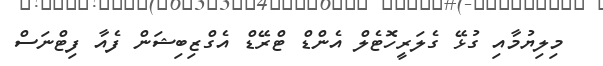
މިލިޔުމާއި ގުޅޭ ގެލަރީހޮޓެލް އެންޑް ޓްރޭޑް އެގްޒިބިޝަން ފެއާ ފިޓްނަސް